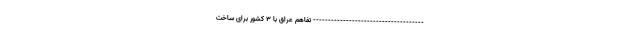
------------------------------------- تفاهم عراق با ۳ کشور برای ساخت